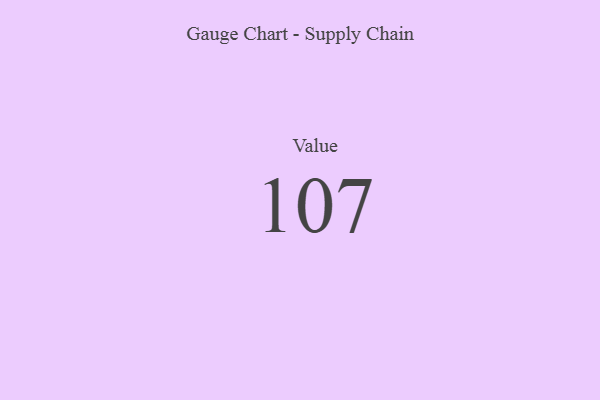
{"axis": {"x": "Metric", "y": "Value"}, "legend": [""], "data": [{"x": "Value", "y": 107, "type": ""}]}